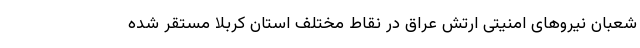
شعبان نیروهای امنیتی ارتش عراق در نقاط مختلف استان کربلا مستقر شده